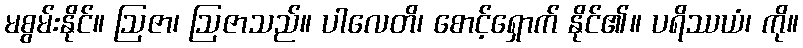
မစွမ်းနိုင်။ ဩဇာ၊ ဩဇာသည်။ ပါလေတိ၊ စောင့်ရှောက် နိုင်၏။ ပရိဿယံ၊ ကို။